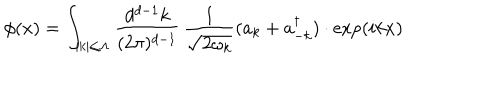
\phi ( x ) = \int _ { | k | \le \Lambda } { \frac { d ^ { d - 1 } k } { ( 2 \pi ) ^ { d - 1 } } } \, { \frac { 1 } { \sqrt { 2 \omega _ { k } } } } ( a _ { k } + a _ { - k } ^ { \dagger } ) \cdot \exp ( i k x )